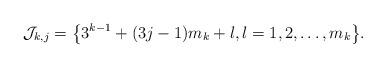
LaTeX: \begin{align*} {\cal J}_{k, j} = \bigl\{3^{k-1}+(3j-1)m_k + l, l=1, 2, \ldots, m_k\bigr\}.\end{align*}